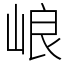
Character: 㟍